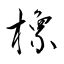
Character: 橡